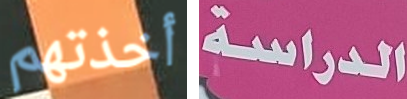
أخذتهم الدراسة